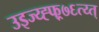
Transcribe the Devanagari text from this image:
उइज्य्ह्फ्र्७६त्य्त्